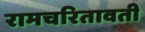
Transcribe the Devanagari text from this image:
रामचरितावती